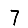
Digit: 7